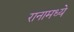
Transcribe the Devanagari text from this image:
रानामध्ये